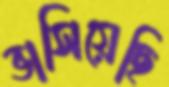
ভাসিয়েছি